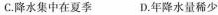
C.降水集中在夏季 D.年降水量稀少